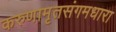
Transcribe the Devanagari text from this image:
करुणामृतसंगमधारा